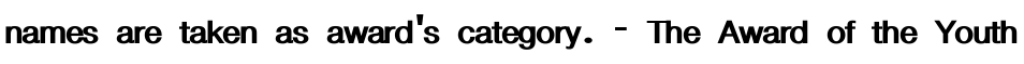
names are taken as award's category. - The Award of the Youth